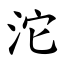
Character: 沱